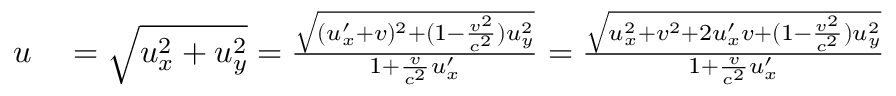
\begin{array} { r l } { u } & { { } = { \sqrt { u _ { x } ^ { 2 } + u _ { y } ^ { 2 } } } = { \frac { \sqrt { ( u _ { x } ^ { \prime } + v ) ^ { 2 } + ( 1 - { \frac { v ^ { 2 } } { c ^ { 2 } } } ) u _ { y } ^ { 2 } } } { 1 + { \frac { v } { c ^ { 2 } } } u _ { x } ^ { \prime } } } = { \frac { \sqrt { u _ { x } ^ { 2 } + v ^ { 2 } + 2 u _ { x } ^ { \prime } v + ( 1 - { \frac { v ^ { 2 } } { c ^ { 2 } } } ) u _ { y } ^ { 2 } } } { 1 + { \frac { v } { c ^ { 2 } } } u _ { x } ^ { \prime } } } } \end{array}